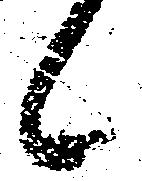
候